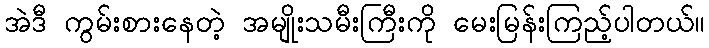
အဲဒီ ကွမ်းစားနေတဲ့ အမျိုးသမီးကြီးကို မေးမြန်းကြည့်ပါတယ်။